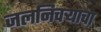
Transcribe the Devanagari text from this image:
जलनिचऱ्याचा